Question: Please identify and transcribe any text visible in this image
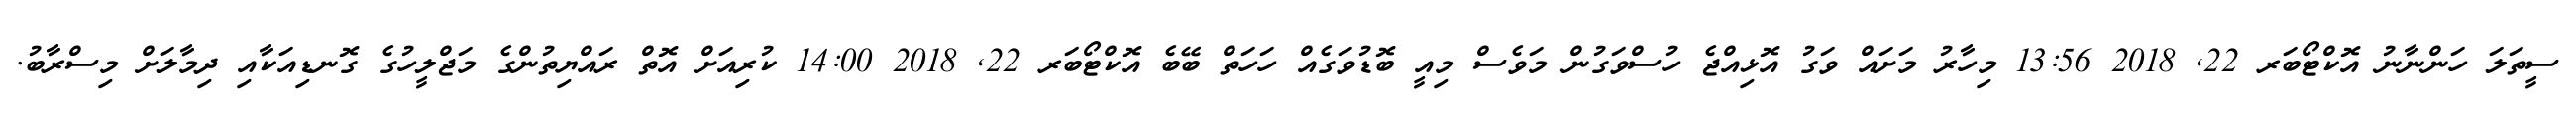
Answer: ސީތަލަ ހަންނާނު އޮކްޓޯބަރ 22, 2018 13:56 މިހާރު މަށައް ވަގު އޮޅިއްޖެ ހުސްވަގުން މަވެސް މިއީ ބޮޑުވަގެއް ހަހަތް ބޭބެ އޮކްޓޯބަރ 22, 2018 14:00 ކުރިއަށް އޮތް ރައްޔިތުންގެ މަޖްލީހުގެ ގޮނޑިއަކާއި ދިމާލަށް މިސްރާބު.